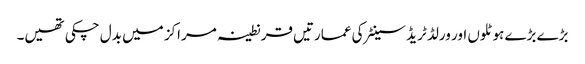
بڑے بڑے ہوٹلوں اور ورلڈ ٹریڈ سینٹر کی عمارتیں قرنطینہ مراکز میں بدل چکی تھیں۔